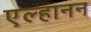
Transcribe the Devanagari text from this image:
एल्हानन